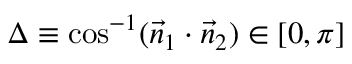
\Delta \equiv \cos ^ { - 1 } ( \vec { n } _ { 1 } \cdot \vec { n } _ { 2 } ) \in [ 0 , \pi ]